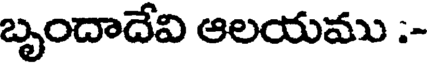
బృందాదేవి ఆలయము :-